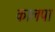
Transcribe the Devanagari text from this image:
कालपा